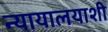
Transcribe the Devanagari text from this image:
न्यायालयाशी